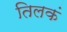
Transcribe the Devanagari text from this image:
तिलकं